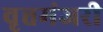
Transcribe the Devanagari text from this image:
वृत्तमंजरी